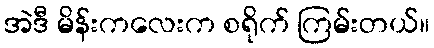
အဲဒီ မိန်းကလေးက စရိုက် ကြမ်းတယ်။